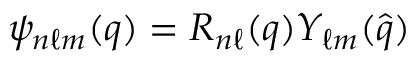
{ \psi _ { n \ell m } ( \boldsymbol { q } ) = R _ { n \ell } ( q ) Y _ { \ell m } ( \hat { \boldsymbol { q } } ) }